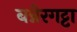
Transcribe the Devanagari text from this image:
बन्नेरगट्टा